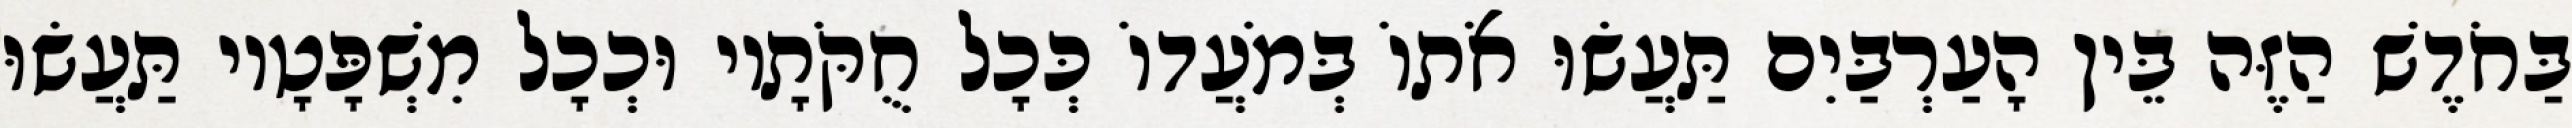
בַּחֹדֶשׁ הַזֶּה בֵּין הָעַרְבַּיִם תַּעֲשׂוּ אֹתוֹ בְּמֹעֲדוֹ כְּכָל חֻקֹּתָיו וּכְכָל מִשְׁפָּטָיו תַּעֲשׂוּ